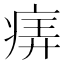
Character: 𤶦